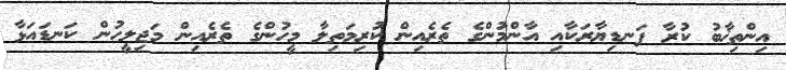
އިންތިޚާބު ކުރާ ފަނޑިޔާރަކާއި އާންމުންގެ ތެރެއިން ކުރިމަތިލާ މީހުންގެ ތެރެއިން މަޖިލީހުން ކަނޑައަޅާ